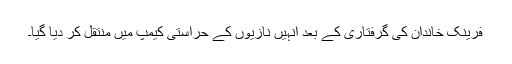
فرینک خاندان کی گرفتاری کے بعد انہیں نازیوں کے حراستی کیمپ میں منتقل کر دیا گیا۔